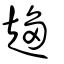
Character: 趨